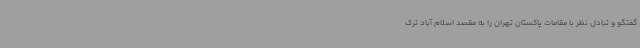
گفتگو و تبادل نظر با مقامات پاکستان تهران را به مقصد اسلام آباد ترک